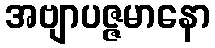
အဗျာပဇ္ဇမာနော